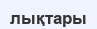
лықтары